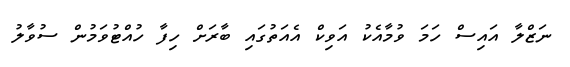
ނަޒްލާ އައިސް ހަމަ ވުމާއެކު އަވިކް އެއަތުގައި ބާރަށް ހިފާ ހުއްޓުވަމުން ސުވާލު